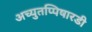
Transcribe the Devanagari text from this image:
अच्युतप्पिषारडी